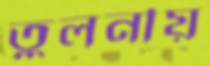
তুলনীয়